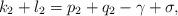
LaTeX: \begin{align*}k_2 + l_2 = p_2 + q_2 - \gamma + \sigma , \end{align*}